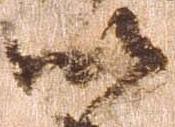
以